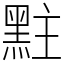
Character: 𪐴